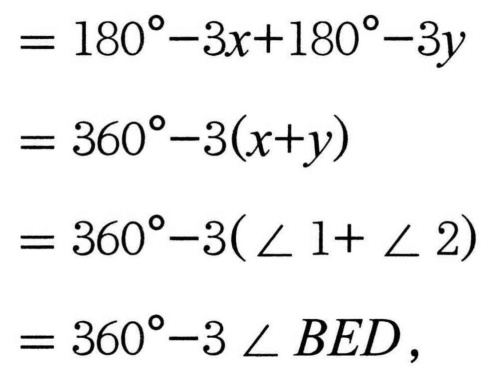
\(\begin{align*}
&=180^{\circ}-3x + 180^{\circ}-3y\\
&=360^{\circ}-3(x + y)\\
&=360^{\circ}-3(\angle1+\angle2)\\
&=360^{\circ}-3\angle BED,
\end{align*}\)